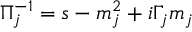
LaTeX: \Pi _ { j } ^ { - 1 } = s - m _ { j } ^ { 2 } + i \Gamma _ { j } m _ { j }